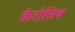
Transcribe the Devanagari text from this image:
केरोसिव